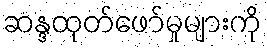
ဆန္ဒထုတ်ဖော်မှုများကို